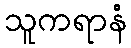
သူကရာနံ